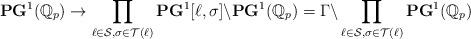
LaTeX: \begin{align*}\mathbf{PG}^1(\mathbb{Q}_p)\rightarrow\prod_{\ell\in\mathcal{S},\sigma\in\mathcal{T}(\ell)}\mathbf{PG}^1[\ell,\sigma]\backslash\mathbf{PG}^1(\mathbb{Q}_p)=\Gamma\backslash\prod_{\ell\in\mathcal{S},\sigma\in\mathcal{T}(\ell)}\mathbf{PG}^1(\mathbb{Q}_p)\end{align*}